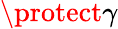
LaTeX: \protect\gamma